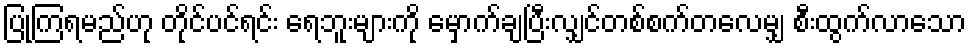
ပြုကြရမည်ဟု တိုင်ပင်ရင်း ရေဘူးများကို မှောက်ချပြီးလျှင်တစ်စက်တလေမျှ စီးထွက်လာသော